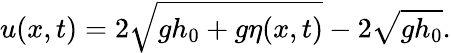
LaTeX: u(x,t)=2\sqrt{gh_{0}+g\eta(x,t)}-2\sqrt{gh_{0}}.